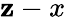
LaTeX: \mathbf{z}-x